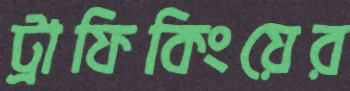
ট্রাফিকিংয়ের